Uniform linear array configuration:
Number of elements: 16
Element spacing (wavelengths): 0.75
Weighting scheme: hann
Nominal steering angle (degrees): -15
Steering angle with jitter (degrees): -15.742
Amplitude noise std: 0.05
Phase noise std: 0.05

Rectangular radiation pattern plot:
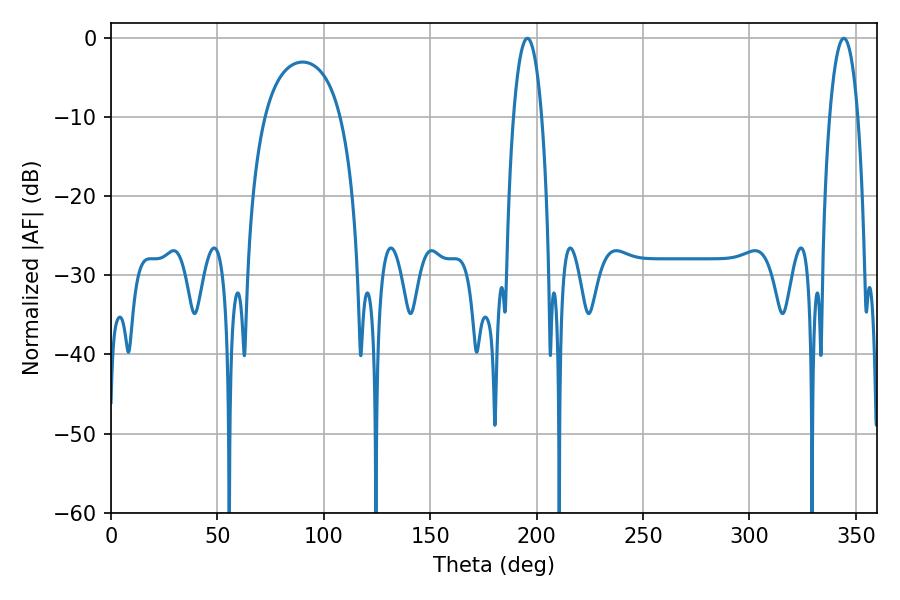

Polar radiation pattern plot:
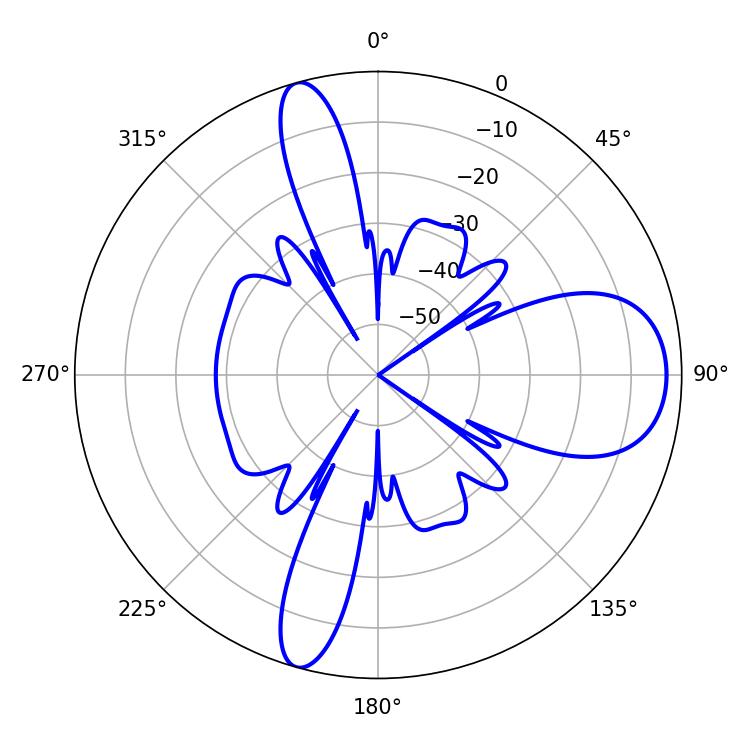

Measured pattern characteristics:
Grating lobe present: TRUE
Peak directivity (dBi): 11.448
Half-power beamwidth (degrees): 7.56
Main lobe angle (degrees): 195.66